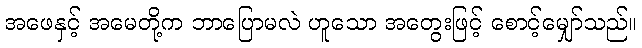
အဖေနှင့် အမေတို့က ဘာပြောမလဲ ဟူသော အတွေးဖြင့် စောင့်မျှော်သည်။